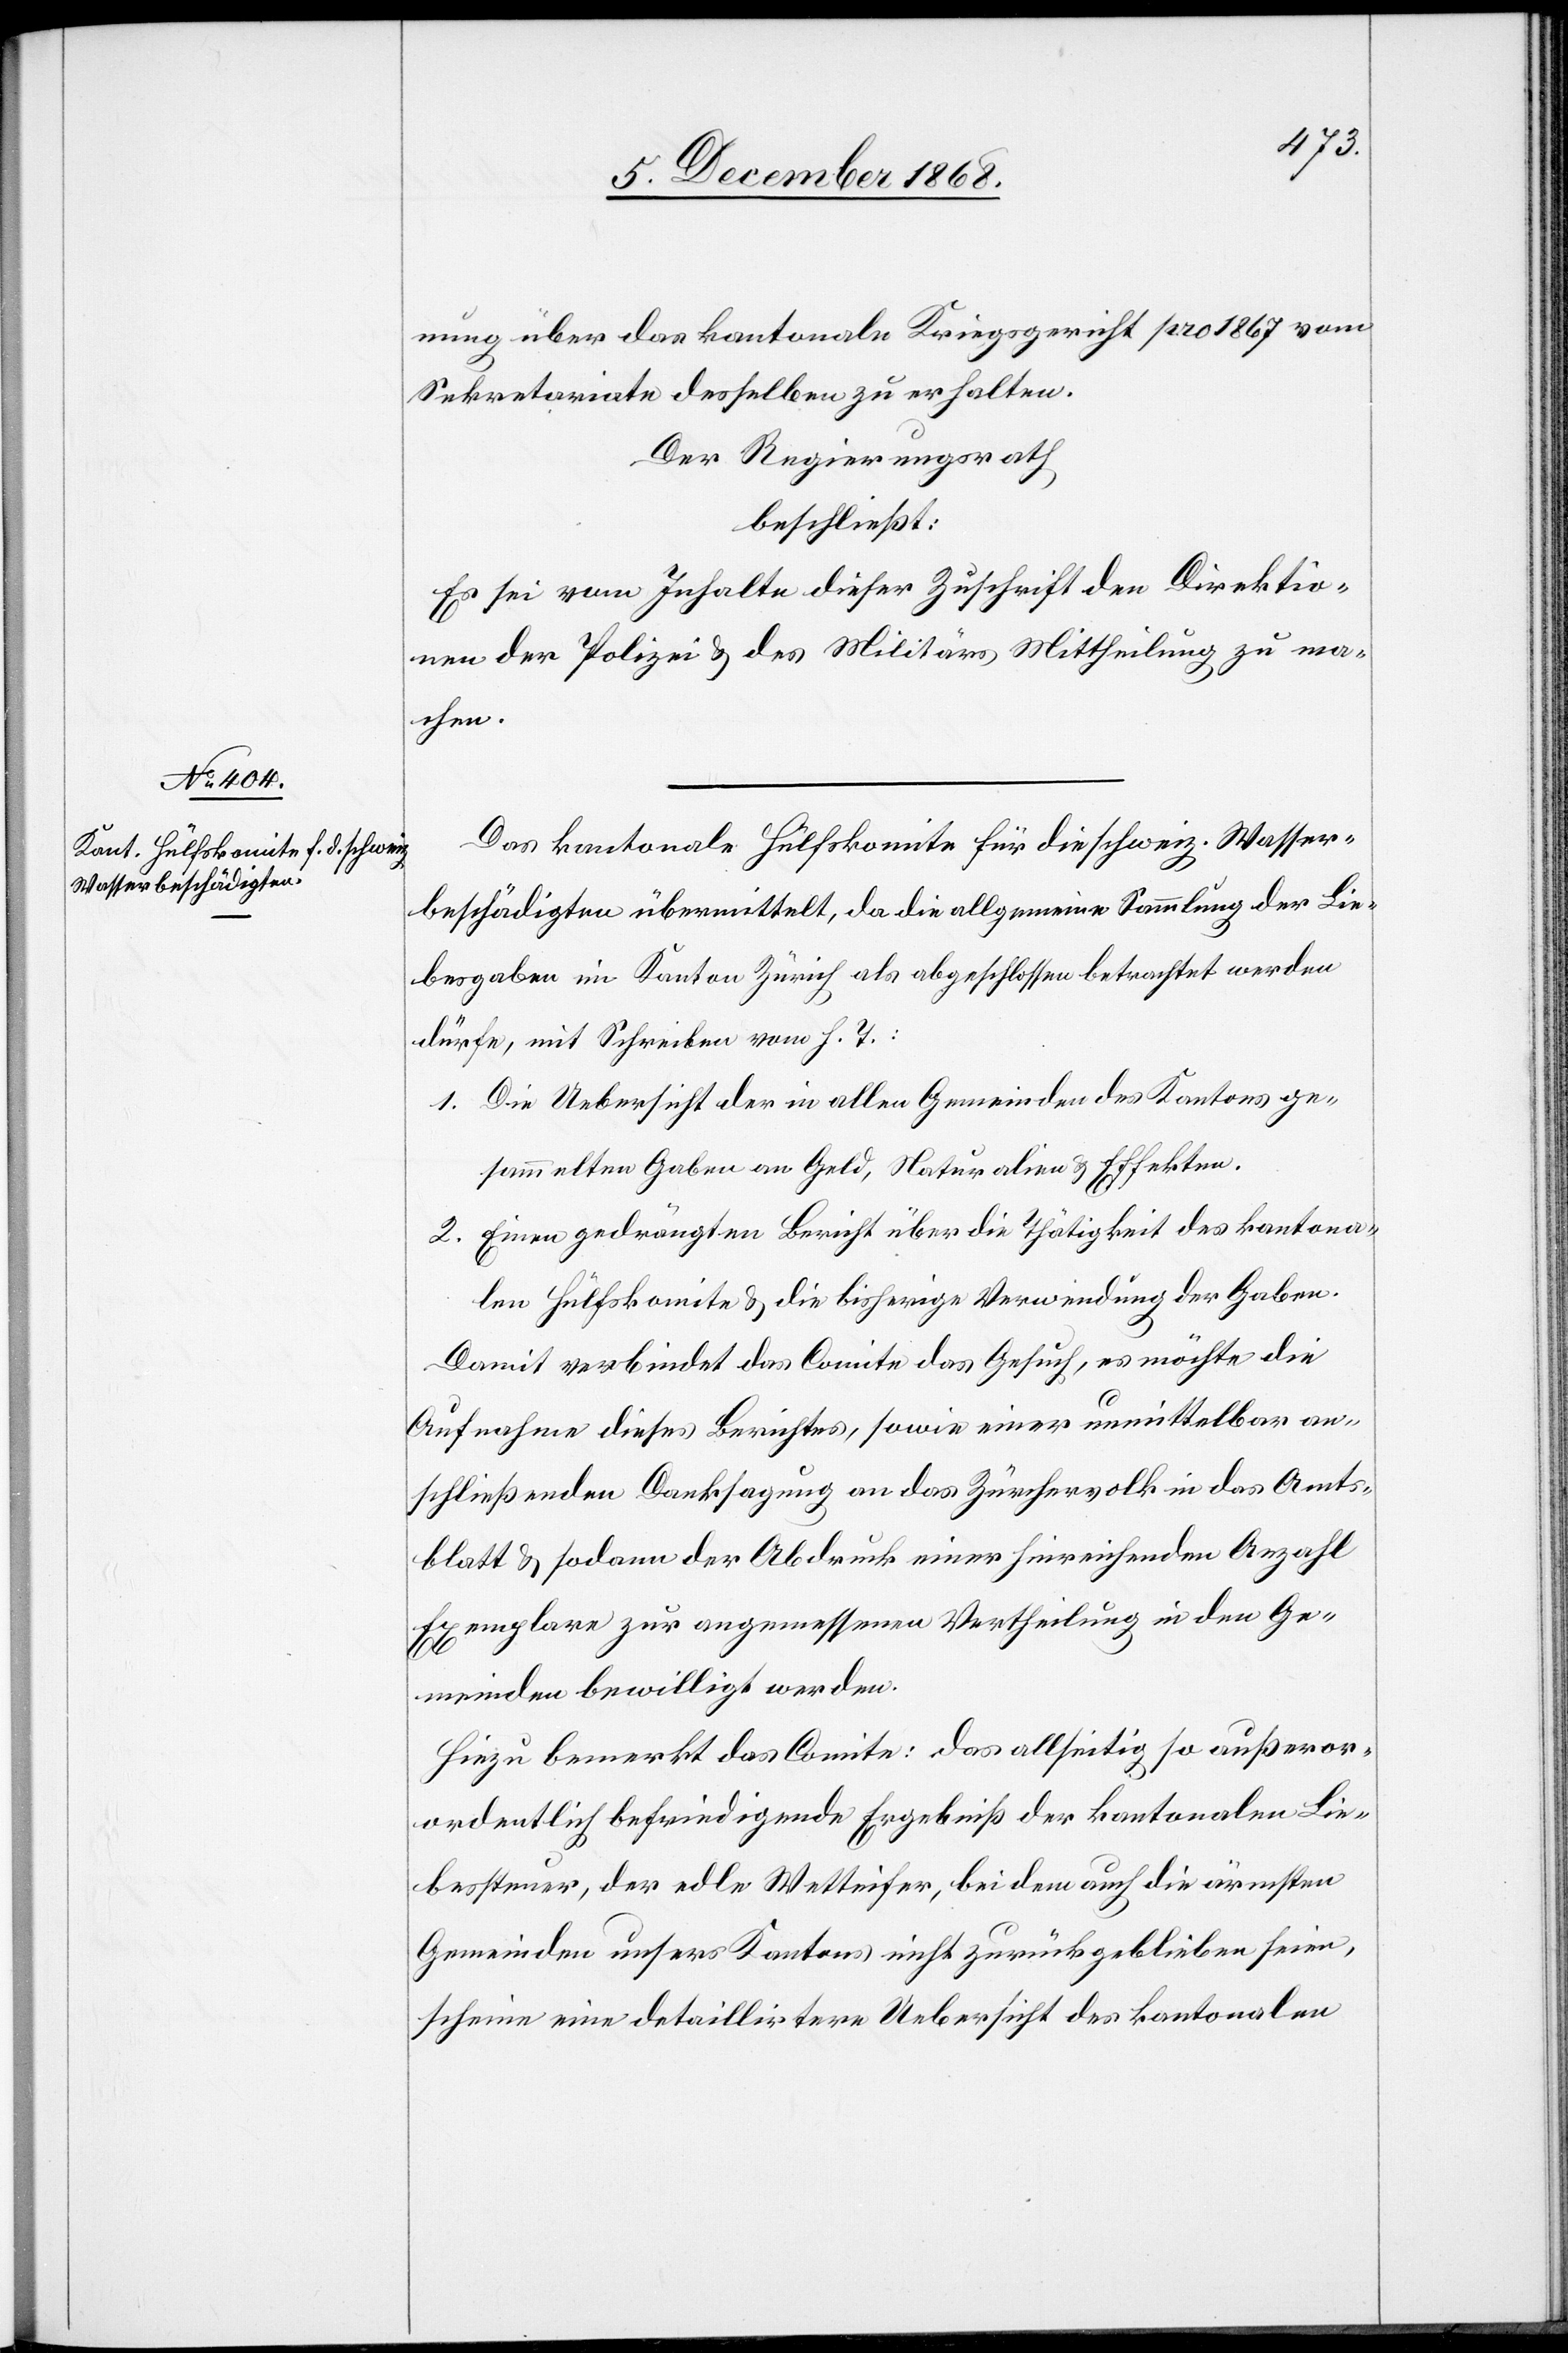
nung über das kantonale Kriegsgericht pro 1867 vom
Sekretariate desselben zu erhalten.
Der Regierungsrath
beschließt:
Es sei vom Inhalte dieser Zuschrift den Direktio¬
nen der Polizei & des Militärs Mittheilung zu ma¬
chen.
Das kantonale Hülfskomite für die schweiz. Wasser¬
beschädigten übermittelt, da die allgemeine Sammlung der Lie¬
besgaben im Kanton Zürich als abgeschlossen betrachtet werden
dürfe, mit Schreiben vom h. T.:
Die Uebersicht der in allen Gemeinden des Kantons ge¬
sammelten Gaben an Geld, Naturalien & Effekten.
Einen gedrängten Bericht über die Thätigkeit des kantona¬
len Hülfskomite & die bisherige Verwendung der Gaben.
Damit verbindet das Comite das Gesuch, es möchte die
Aufnahme dieses Berichtes, sowie einer unmittelbar an¬
schließenden Danksagung an das Zürchervolk in das Amts¬
blatt & sodann der Abdruck einer hinreichenden Anzahl
Exemplare zur angemessenen Vertheilung in den Ge¬
meinden bewilligt werden.
Hiezu bemerkt das Comite: Das allseitig so außer¬
ordentlich befriedigende Ergebniß der kantonalen Lie¬
bessteuer, der edle Wetteifer, bei dem auch die ärmsten
Gemeinden unsers Kantons nicht zurückgeblieben seien,
scheine eine detaillirtere Uebersicht des kantonalen